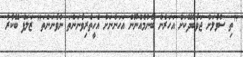
"ތި ސުވާލަށް ޖަވާބުދޭކަށް އަހަރެން ބޭނުމެއްނޫން އަހަންނަށް އެހީތެރިވާނަންތަ ނުވާނަންތަ" ޒަލަފް ބޭކާރު